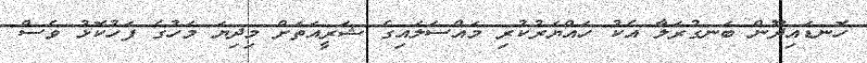
ހޮނޑައިދޫން ބަނގުރަލާ އެކު ހައްޔަރުކުރި މައްސަލައިގެ ޝަރީއަތަށް މިދިޔަ މަހުގެ ފަހުކޮޅު ވެސް